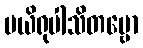
ပယိရုပါသိတဗ္ဗော